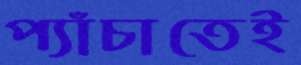
প্যাঁচাতেই